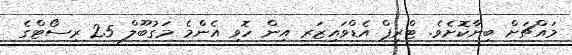
މައްޗަށް ބިނާކޮށެވެ. ޓްރިޕް އެޑްވައިޒަރ އިން ހޮވި އެންމެ މަގުބޫލް 25 ރިސޯޓްގެ